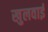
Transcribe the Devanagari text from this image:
खुलवाई